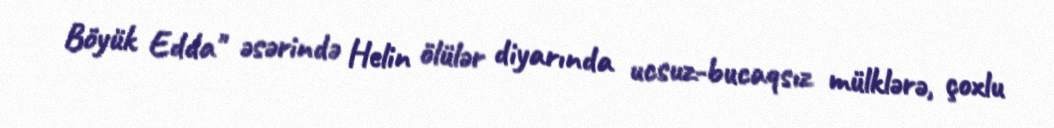
Böyük Edda" əsərində Helin ölülər diyarında ucsuz-bucaqsız mülklərə, çoxlu